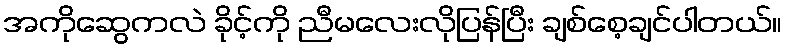
အကိုဆွေကလဲ ခိုင့်ကို ညီမလေးလိုပြန်ပြီး ချစ်စေ့ချင်ပါတယ်။